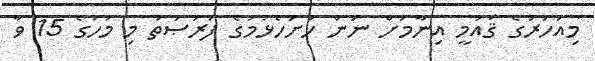
މިއަހަރުގެ ޤައުމީ އިނާމަށް ނަން ހުށަހެޅުމުގެ ފުރުޞަތު މި މަހުގެ 15 ވާ